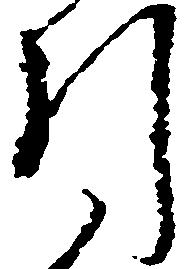
引